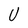
Character: U